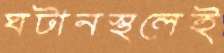
ঘটানস্থলেই